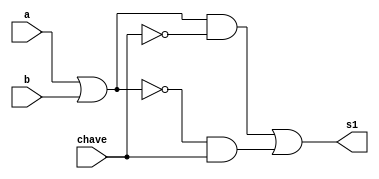
// -------------------------
// Exemplo0033 - F4
// Nome: TIAGO MATTA MACHADO ZAIDAN
// -------------------------
// -------------------------
// f4_gate
// -------------------------

module f1 (output s1,
input  a,
input  b,
input chave);
wire c0,c1,c2,c3,c4,c5,c6,c7,c8,c9;

or or1     (c0,a,b);
and and1   (c1,a,b);
nor nor1   (c2,a,b);
nand nand1 (c3,a,b);
not not1   (c4,chave);
buf buf1   (c5,chave);
and and2   (c6,c0,c4);
and and3   (c7,c1,c4);
and and4   (c8,c2,c5);
and and5   (c9,c3,c5);
or or2     (s1,c6,c8);

endmodule // f4

module f2 (output s2,
input  a,
input  b,
input chave);
wire c0,c1,c2,c3,c4,c5,c6,c7,c8,c9;

or or1     (c0,a,b);
and and1   (c1,a,b);
nor nor1   (c2,a,b);
nand nand1 (c3,a,b);
not not1   (c4,chave);
buf buf1   (c5,chave);
and and2   (c6,c0,c4);
and and3   (c7,c1,c4);
and and4   (c8,c2,c5);
and and5   (c9,c3,c5);
or or2     (s2,c7,c9);

endmodule // f4

module test_f4;
// ------------------------- definir dados
reg  x,a;
reg  y,b;
reg  x2,a2;
reg  y2,b2;
reg  chave1,chave2;
wire z,c;
wire z2,c2;
f1  OR  (z, x, y,chave1);
f2  AND (c, a, b,chave1);

f1  NOR  (z2, x2, y2,chave2);
f2  NAND (c2, a2, b2,chave2);

// ------------------------- parte principal
initial begin
$display("Exemplo0033 - TIAGO MATTA MACHADO ZAIDAN - 451620");
$display("Test LU's module");
x = 1; y = 0;
a = 1; b = 0;
x2 = 1; y2 = 0;
a2 = 1; b2 = 0;
chave1 = 0; chave2 = 1;
// projetar testes do modulo

#1 $display("chave = %b  -->  %b   or    %b = %b",chave1,x,y,z);

#1 $display("chave = %b  -->  %b   and  %b = %b",chave1,a,b,c);

#1 $display("chave = %b  -->  %b   nor    %b = %b",chave2,x2,y2,z2);

#1 $display("chave = %b  -->  %b   nand  %b = %b",chave2,a2,b2,c2);
end
endmodule // test_f4